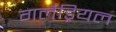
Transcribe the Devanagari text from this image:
गलैड्रियल